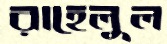
রাহেলুল